Distribution and causation of leprosy in British India
Year: 1875
Disease focus: Leprosy
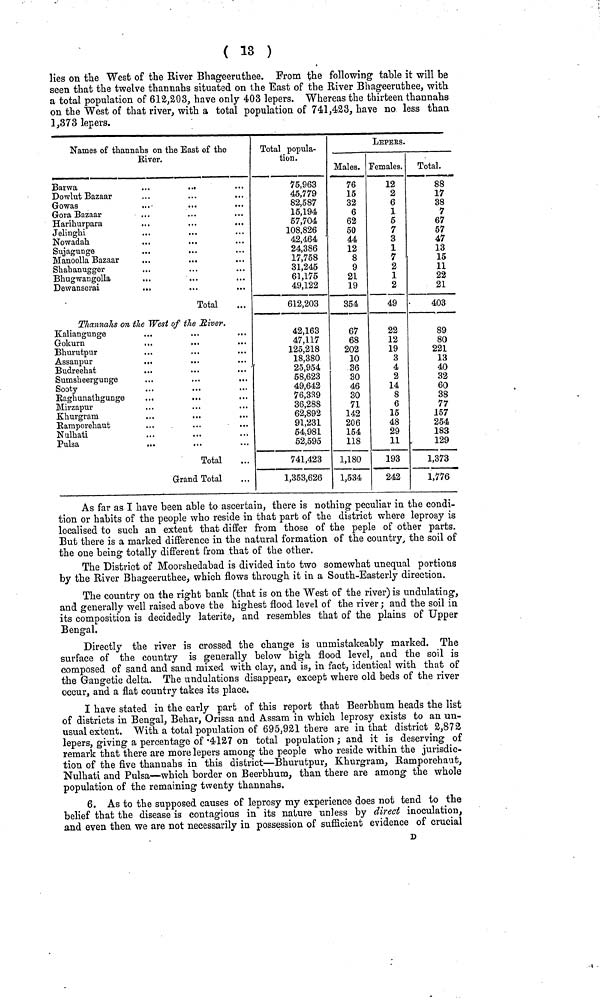
( 13 )
lies on the West of the River Bhageeruthee. From the following table it will be
seen that the twelve thannahs situated on the East of the River Bhageeruthee, with
a total population of 612,203, have only 403 lepers. Whereas the thirteen thannahs
on the West of that river, with a total population of 741,423, have no less than
1,373 lepers.
Names of thannahs on the East of the
River.
Barwa
...
...
Dowlut Bazaar
Gowas
Gora Bazaar
Harihurpara
Jelinghi
Nowadah
Sujagunge
Manoolla Bazaar
Shahanugger
Bhugwangolla
Dewanserai
..
,.
...
Total
Thannahs on the West of the River.
Kaliangunge
...
Gokurn
Bhurutpur
Assanpur
Budreehat
...
Sumsheergunge
Sooty
Raghunathgunge
...
,.,
Mirzapur
Khurgram
Ramporehaut
Nulhati
Pulsa
Total
Grand Total
Total popula-
tion.
75,963
45,779
82,587
15,194
57,704
108,826
42,464 '
24,386
17,758
31,245
61,175
49,122
612,203
42,163
47,117
125,218
18,380
25,954
58,623
49,642
76,339
36,288
62,892
91,231
54,981
52,595
741,423
1,353,626
LEPErS.
Males.
76
15
32
6
62
50
44
12
8
9
21
19
354
67
68
202
10
36
30
46
30
71
142
206
154
118
1,180
1,534
Females.
12
2
6
1
5
7
3
1
7
2
1
2
49
22
12
19
3
4
2
14
8
6
15
48
29
11
193
242
Total.
88
17
38
7
67
57
47
13
15
11
22
21
403
89
80
221
13
40
32
60
38
77
157
254
183
129
1,373
1,776
As far as I have been able to ascertain, there is nothing peculiar in the condi-
tion or habits of the people who reside in that part of the district where leprosy is
localised to such an extent that differ from those of the peple of other parts.
But there is a marked difference in the natural formation of the country, the soil of
the one being totally different from that of the other.
The District of Moorshedabad is divided into two somewhat unequal portions
by the River Bhageeruthee, which flows through it in a South-Easterly direction.
The country on the right bank (that is on the West of the river) is undulating,
and generally well raised above the highest flood level of the river ; and the soil in
its composition is decidedly laterite, and resembles that of the plains of Upper
Bengal.
Directly the river is crossed the change is unmistakeably marked. The
surface of the country is generally below high flood level, and the soil is
composed of sand and sand mixed with clay, and is, in fact, identical with that of
the Gangetic delta. The undulations disappear, except where old beds of the river
occur, and a flat country takes its place.
I have stated in the early part of this report that Beerbhum heads the list
of districts in Bengal, Behar, Orissa and Assam in which leprosy exists to an un-
usual extent. With a total population of 695,921 there are in that district 2,872
lepers, giving a percentage of 4127 on total population ; and it is deserving of
remark that there are more lepers among the people who reside within the jurisdic-
tion of the five thannahs in this district—Bhurutpur, Khurgram, Ramporehaut,
Nulhati and Pulsa—which border on Beerbhum, than there are among the whole
population of the remaining twenty thannahs.
6. As to the supposed causes of leprosy my experience does not tend to the
belief that the disease is contagious in its nature unless by direct inoculation,
and even then we are not necessarily in possession of sufficient evidence of crucial
D